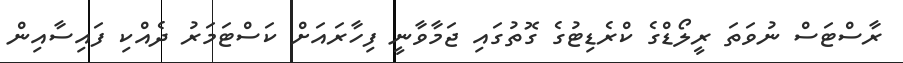
ރާސްޓަސް ނުވަތަ ރީލޯޑްގެ ކްރެޑިޓުގެ ގޮތުގައި ޖަމާވާނީ ފިހާރައަށް ކަސްޓަމަރު ދެއްކި ފައިސާއިން